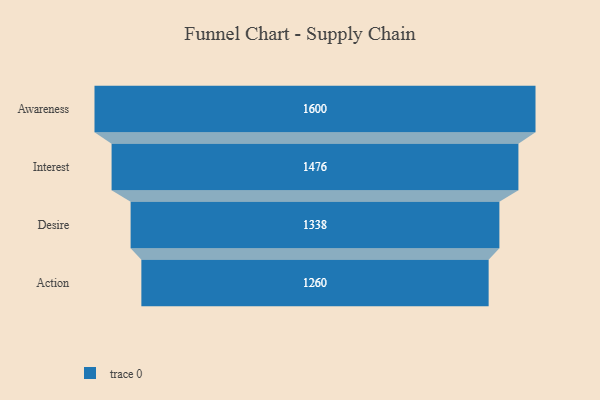
{"axis": {"x": "Stage", "y": "Value"}, "legend": [""], "data": [{"x": "Awareness", "y": 1600.0, "type": ""}, {"x": "Interest", "y": 1476.0, "type": ""}, {"x": "Desire", "y": 1338.0, "type": ""}, {"x": "Action", "y": 1260.0, "type": ""}]}